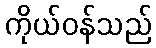
ကိုယ်ဝန်သည်